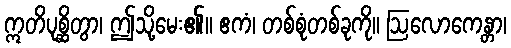
ဣတိပုစ္ဆိတွာ၊ ဤသို့မေး၏။ ဧကံ၊ တစ်စုံတစ်ခုကို။ ဩလောကေန္တာ၊